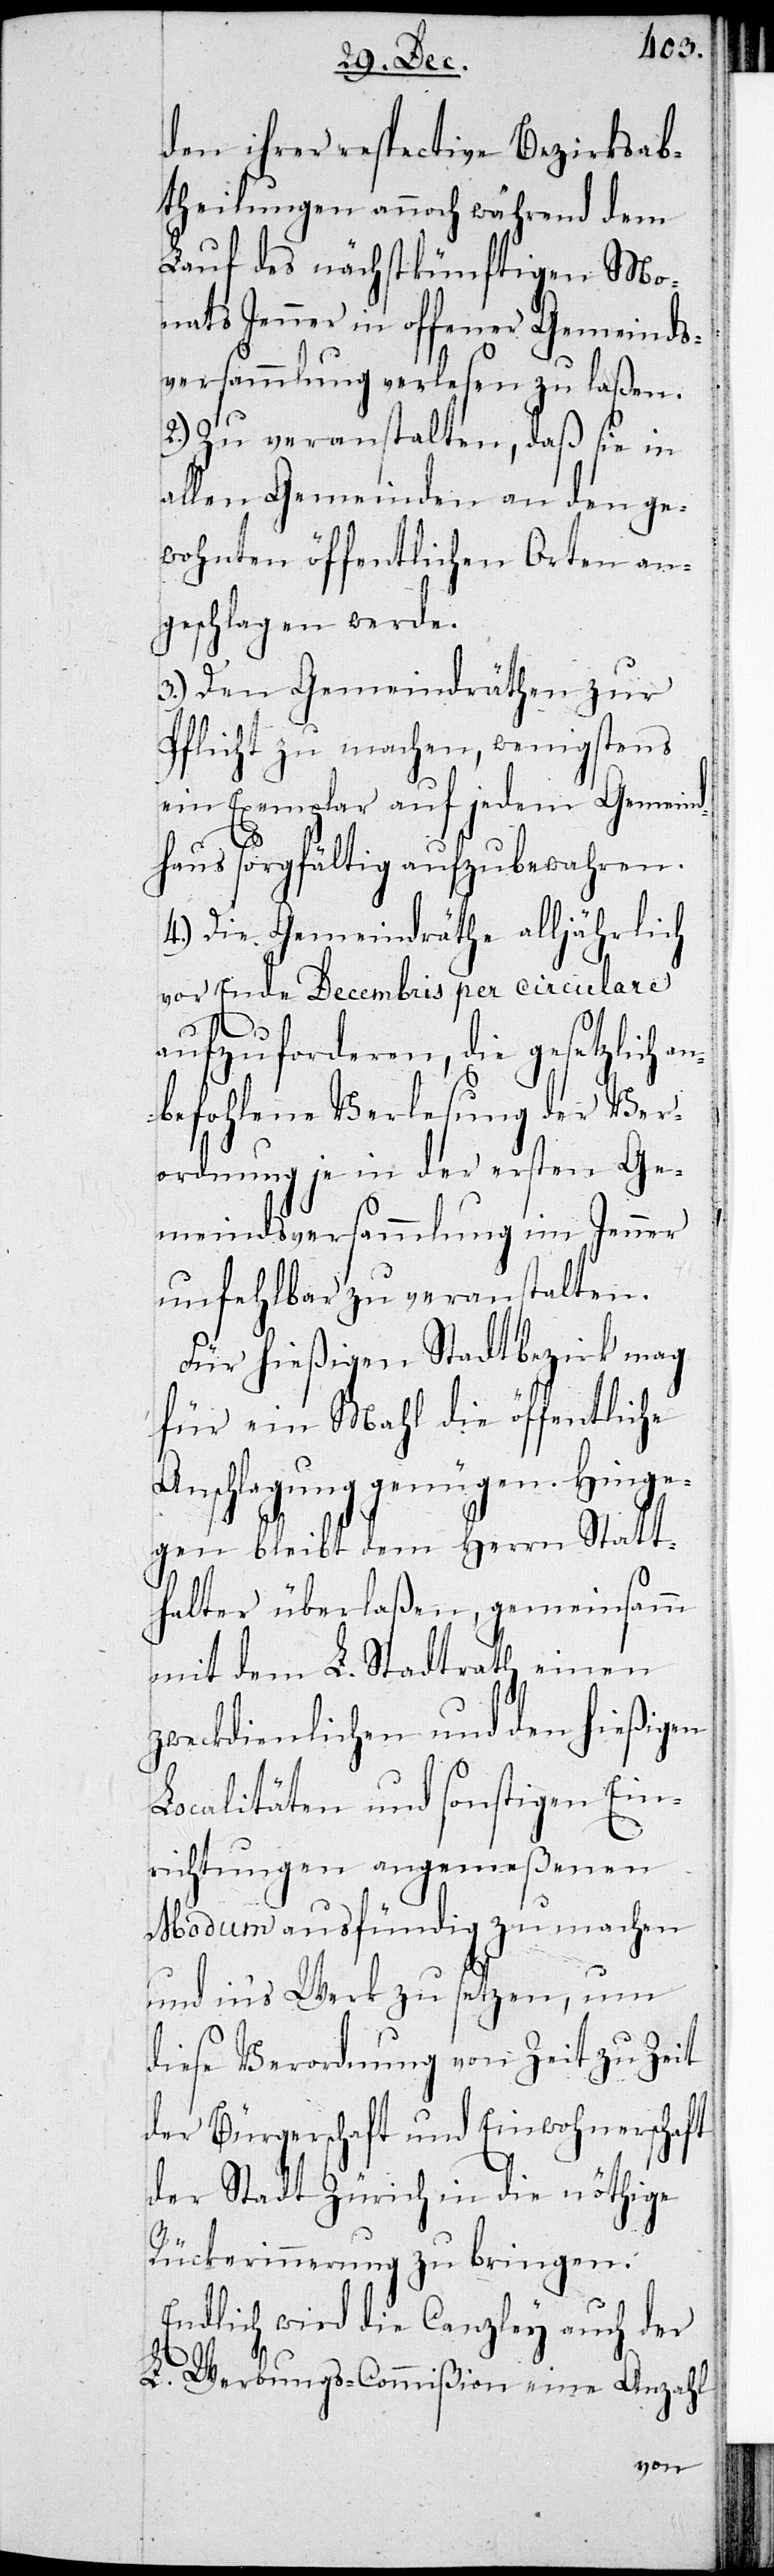
den ihrer respective Bezirksab¬
theilungen annoch während dem
Lauf des nächstkünftigen Mo¬
nats Jenner in offener Gemeinds¬
versammlung verlesen zu laßen.
2.) Zu veranstalten, daß sie in
allen Gemeinden an den ge¬
wohnten öffentlichen Orten an¬
geschlagen werde.
3.) Den Gemeindräthen zur
Pflicht zu machen, wenigstens
ein Exemplar auf jedem Gemein¬
dhaus sorgfältig aufzubewahren.
4.) Die Gemeindräthe alljährlich
vor Ende Decembris per circulare
aufzuforderen, die gesetzlich an¬
befohlene Verlesung der Ver¬
ordnung je in der ersten Ge¬
meindsversammlung im Jenner
unfehlbar zu veranstalten.
Für hießigen Stadtbezirk mag
für ein Mahl die öffentliche
Anschlagung genügen. Hinge¬
gen bleibt dem Herrn Statt¬
halter überlaßen, gemeinsam
mit dem L. Stadtrath einen
zweckdienlichen und den hießigen
Localitäten und sonstigen Ein¬
richtungen angemeßenen
Modum ausfündig zu machen
und ins Werk zu setzen, um
diese Verordnung von Zeit zu Zeit
der Bürgerschaft und Einwohnerschaft
der Stadt Zürich in die nöthige
Rückerinnerung zu bringen.
Endlich wird die Canzley auch der
L. Werbungs-Commißion eine Anzahl